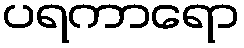
ပရကာရော